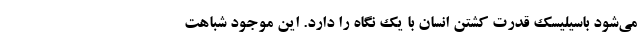
می‌شود باسیلیسک قدرت کشتن انسان با یک نگاه را دارد. این موجود شباهت